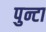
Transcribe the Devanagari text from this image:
पुन्टा